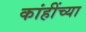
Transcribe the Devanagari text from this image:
कांहींच्या